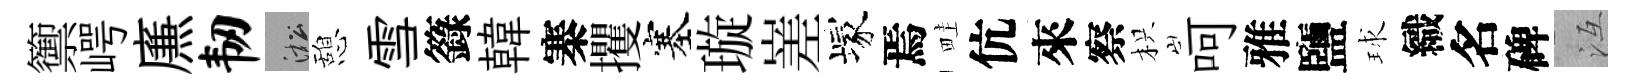
籞崿㢘韧淞憩雪籙韓寨攫塞璇嵳塚焉畦伉來察枳呵雅鹽球織名碑冱